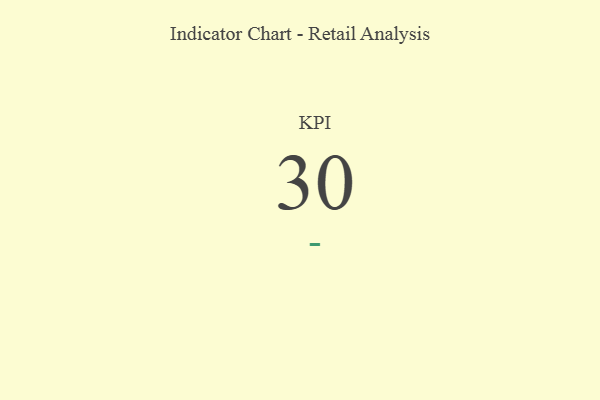
{"axis": {"x": "KPI", "y": "Value"}, "legend": [""], "data": [{"x": "KPI", "y": 30, "type": ""}]}